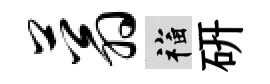
蓊福硏